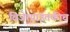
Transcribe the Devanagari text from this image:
विजेत्यांइतकीच